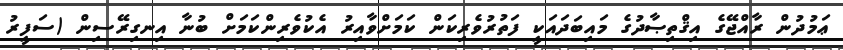
ޢަމުދުން ރާއްޖޭގެ އިޤްތިޞާދުގެ މައިބަދައަކީ ފަތުރުވެރިކަން ކަމަށްވާއިރު އެކުވެރިންކަމަށް ބުނާ އިނގިރޭސިން (ސަފީރު